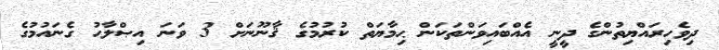
ދިވެހިރައްޔިތުންގެ ދީނީ އެއްބައިވަންތަކަން ޙިމާޔަތް ކުރުމުގެ ޤާނޫނަށް 3 ވަނަ އިޞްލާޙު ގެނައުމުގެ